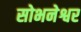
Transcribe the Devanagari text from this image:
सोभनेश्वर